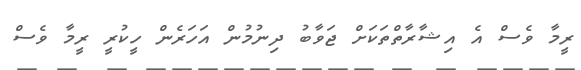
ރީމާ ވެސް އެ އިޝާރާތްތަކަށް ޖަވާބު ދިނުމުން އަހަރެން ހީކުރީ ރީމާ ވެސް